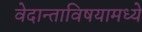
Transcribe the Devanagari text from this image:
वेदान्ताविषयामध्ये